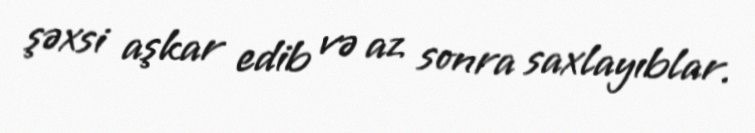
şəxsi aşkar edib və az sonra saxlayıblar.